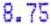
8.75